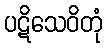
ပဋိသေဝိတုံ